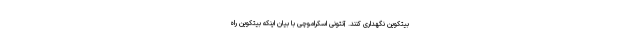
بیتکوین نگهداری کنند. آنتونی اسکراموچی با بیان اینکه بیتکوین راه